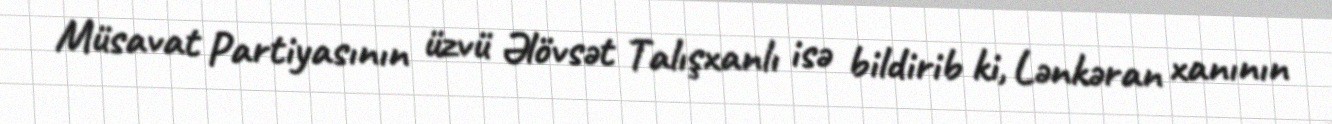
Müsavat Partiyasının üzvü Əlövsət Talışxanlı isə bildirib ki, Lənkəran xanının